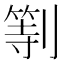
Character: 𠟚